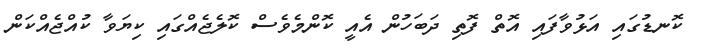
ކޮނޑުގައި އަޅުވާފައި އޮތް ފޮތި ދަބަހުން އެއީ ކޮންމެވެސް ކޮލެޖެއްގައި ކިޔަވާ ކުއްޖެއްކަން